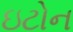
ઇટોન